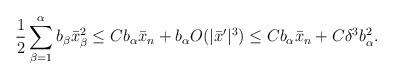
LaTeX: \begin{align*}\begin{aligned}\frac{1}{2} \sum_{\beta=1}^{\alpha} b_\beta \bar{x}_\beta^2 \leq C b_\alpha \bar{x}_n + b_\alpha O (|\bar{x}'|^3) \leq C b_\alpha \bar{x}_n + C \delta^3 b_\alpha^2.\end{aligned}\end{align*}